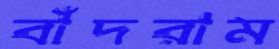
বাঁদরাম